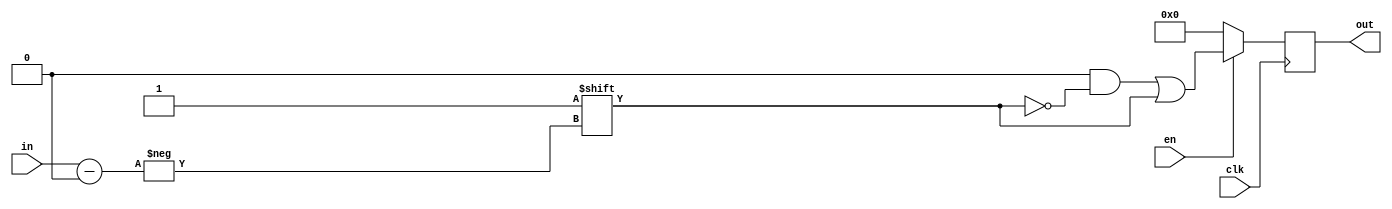
module DEC(out, in, en, clk);

parameter IN_SIZE = 3;

input [IN_SIZE-1 : 0] in;
input clk, en;

output [2**IN_SIZE-1 : 0] out;

reg [2**IN_SIZE-1 : 0] out;

always @ (posedge clk)
	if(en)
	begin
		out = 0;
		out[in] = 1;
	end
	else
		out = 0;

endmodule